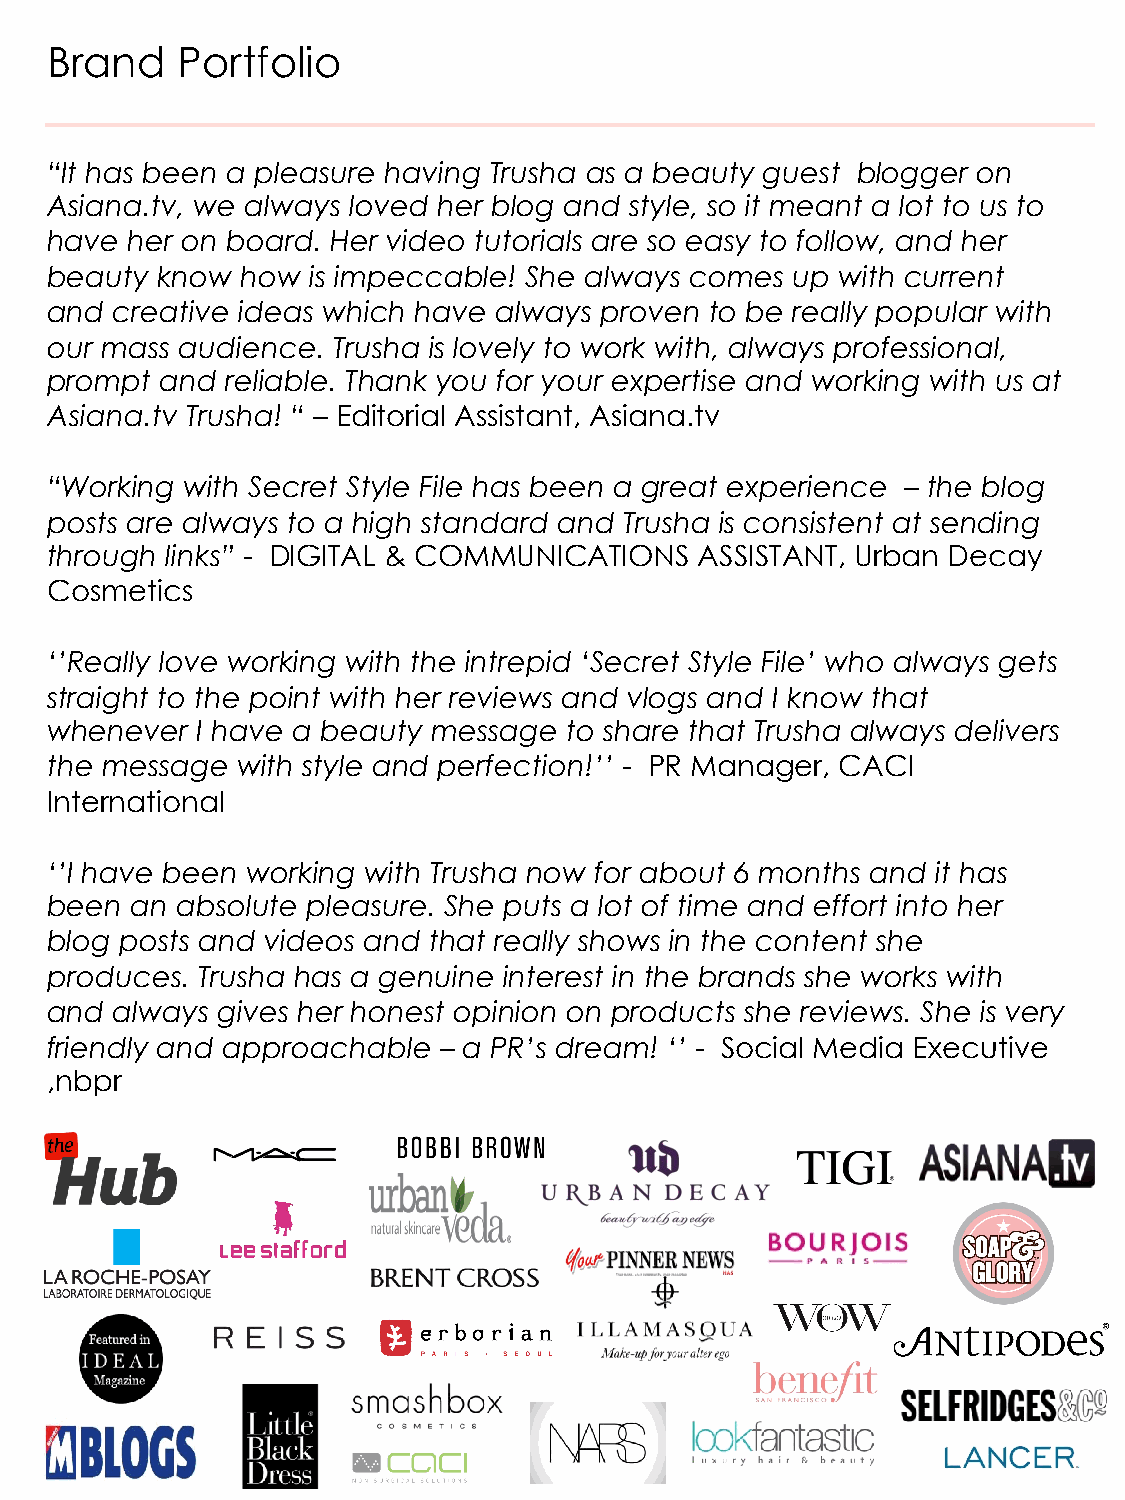
Brand    Portfolio
 “It has been a pleasure having Trusha as a beauty guest blogger on
 Asiana.tv, we always loved her blog and style, so it meant a lot to us to
 have her on board. Her video tutorials are so easy to follow, and her
 beauty know  how  is impeccable! She always comes up with current
 and creative ideas which have always proven to be really popular with
 our mass audience. Trusha is lovely to work with, always professional,
 prompt  and reliable. Thank you for your expertise and working with us at
 Asiana.tv Trusha! “ – Editorial Assistant, Asiana.tv
 “Working with Secret Style File has been a great experience – the blog
 posts are always to a high standard and Trusha is consistent at sending
 through links” - DIGITAL & COMMUNICATIONS  ASSISTANT, Urban Decay
 Cosmetics
 ‘’Really love working with the intrepid ‘Secret Style File’ who always gets
 straight to the point with her reviews and vlogs and I know that
 whenever  I have a beauty message to share that Trusha always delivers
 the message  with style and perfection!’’ - PR Manager, CACI
 International
 ‘’I have been working with Trusha now for about 6 months and it has
 been  an absolute pleasure. She puts a lot of time and effort into her
 blog posts and videos and that really shows in the content she
 produces. Trusha has a genuine interest in the brands she works with
 and always gives her honest opinion on products she reviews. She is very
 friendly and approachable – a PR’s dream! ‘’ - Social Media Executive
 ,nbpr